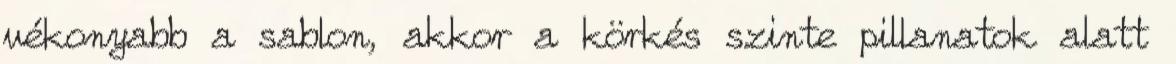
vékonyabb a sablon, akkor a körkés szinte pillanatok alatt